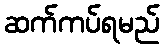
ဆက်ကပ်ရမည်